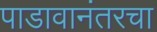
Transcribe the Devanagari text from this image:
पाडावानंतरचा